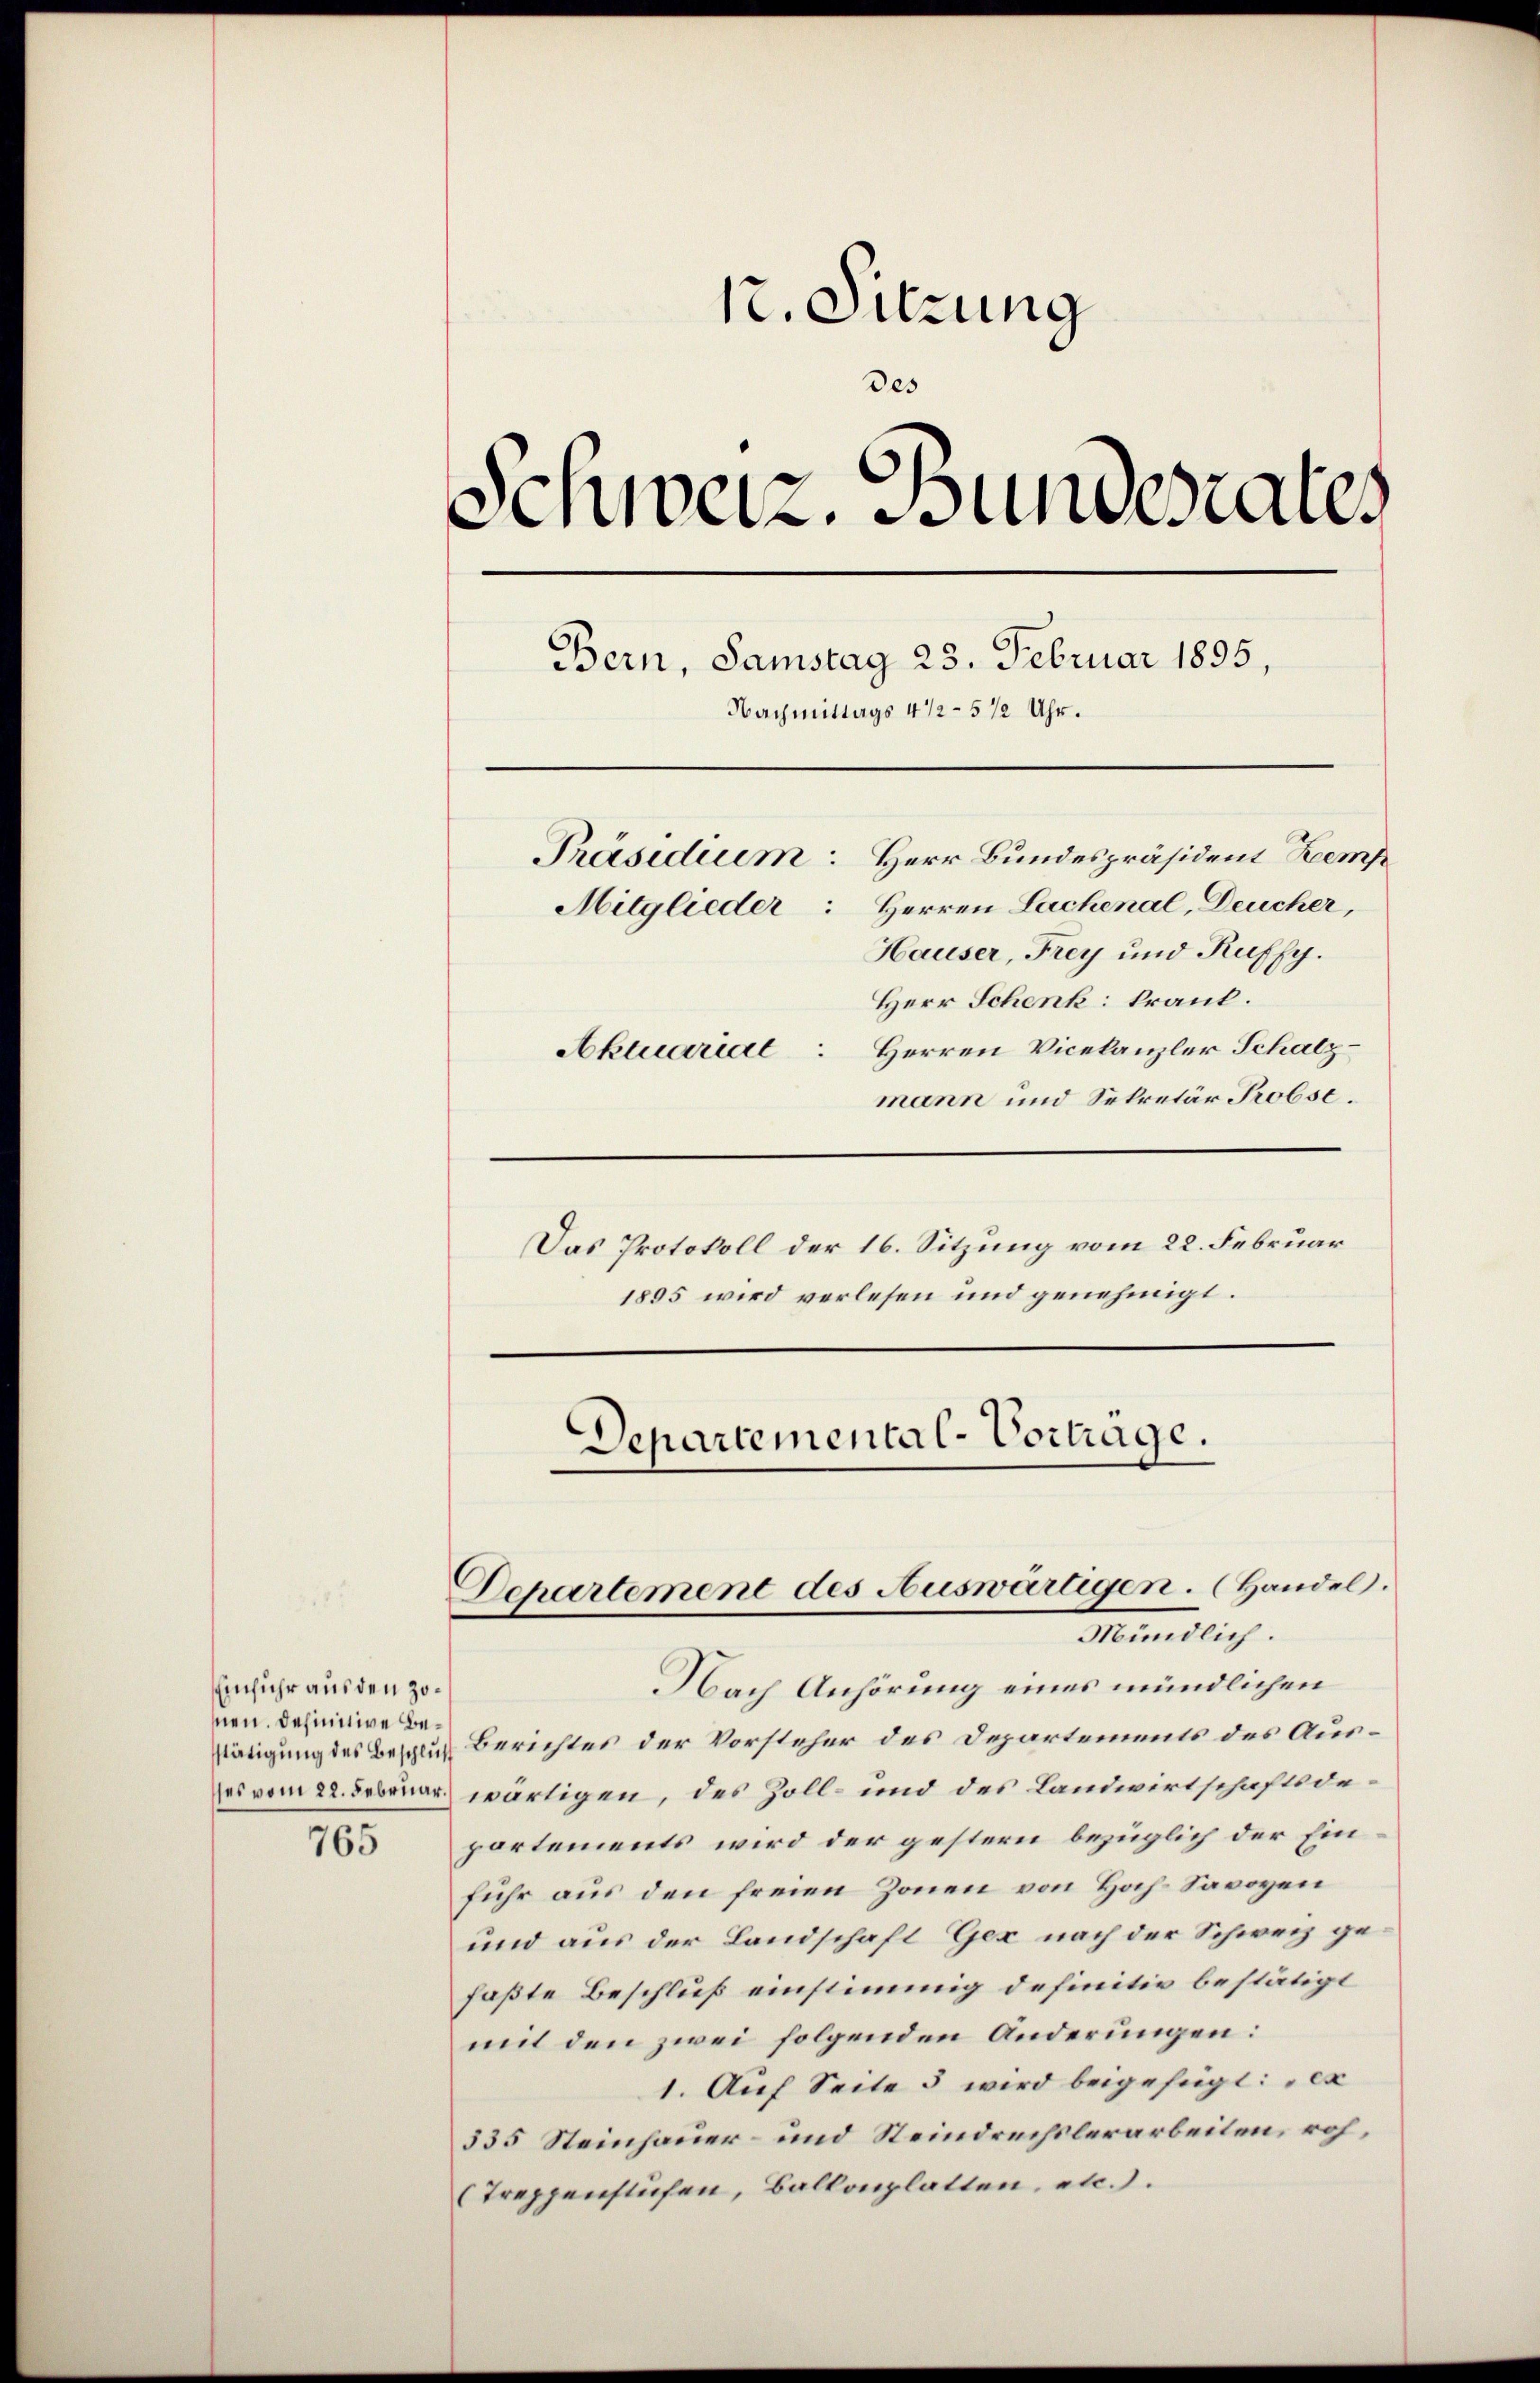
Einfuhr aus den Zonnen. Definitive Bestätigung des Beschluß

765

12. Sitzung
des
Schweiz. Bundesrates
Bern, Samstag 25. Februar 1895,
Nachmittags 4 1/2 - 512 Uhr.
Präsidium: Herr Bundespräsident Kemp
Mitglieder: Herren Lachenal, Deucher,
Hauser, Frey und Kuffy.
Herr Schenk krank.
Aktuarial Herren Vicekanzler Schatz-
mann und Sekretär Probst.

Das Protokoll der 16. Sitzung vom 22. Februar
1895 wird verlesen und genehmigt.

Nach Anhörung eines mündlichen
Berichtes der Vorsteher des Departements des Auses vom 22. Februar wärtigen, des Zoll- und des Landwirtschaftsdeportements wird der gestern bezüglich der Einfuhr aus den freien Zonen von Hoch-Savoyen
und aus der Landschaft Gex nach der Schweiz gefaßte Beschluß einstimmig definitiv bestätigt
mit den zwei folgenden Anderungen:
1. Auf Seite 5 wird beigefügt: „ex
535 Steinhauer- und Steindrechslerarbeiten, roh,
(Treppenstufen, Balkonplatten, etc.).

Departemental-Vortrage.
Departement des Auswärtigen. (Handel.
Mündlich.